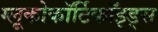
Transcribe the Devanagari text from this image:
ग्लूकोकॉर्टिकॉइड्स